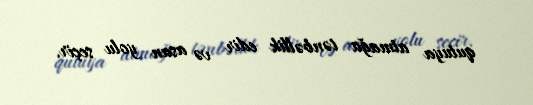
qutuya atmağa tənbəllik edir və asan yolu seçir.